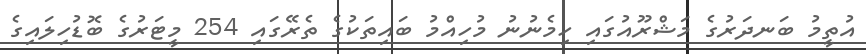
އުތީމު ބަނދަރުގެ މަޝްރޫއުގައި ހިމެނުނު މުހިއްމު ބައިތަކުގެ ތެރޭގައި 254 މީޓަރުގެ ބޮޑުހިލައިގެ